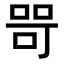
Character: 𭈑